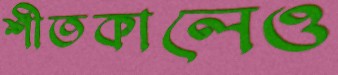
শীতকালেও